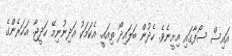
އައިސް ސޯފާގައި އިށީނެވެ. ހެދުން ބަލައިދޯ ތިއައީ. އެކަމަކު އަދިނުނިމޭ ހަދީޖާ. އަހަރެންގެ